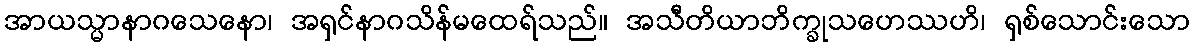
အာယသ္မာနာဂသေနော၊ အရှင်နာဂသိန်မထေရ်သည်။ အသီတိယာဘိက္ခုသဟေဿဟိ၊ ရှစ်သောင်းသော